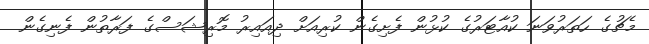
މެޗުގެ ހަތަރުވަނަ ކުއާޓަރުގެ ކުޅުން ފެށިގެން ކުރިއަށް ދިއައިރު މޮރިޝަސްގެ ފަރާތުން ފެނިގެން